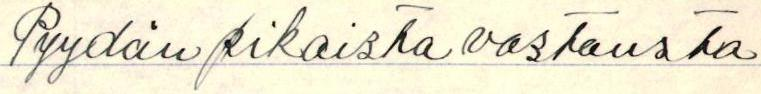
Pyydän pikaisesti vastausta